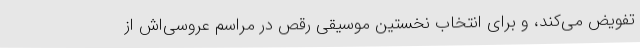
تفویض می‌کند، و برای انتخاب نخستین موسیقی رقص در مراسم عروسی‌اش از